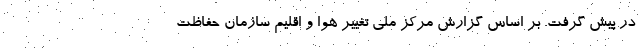
در پیش گرفت. بر اساس گزارش مرکز ملی تغییر هوا و اقلیم سازمان حفاظت